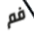
فم